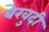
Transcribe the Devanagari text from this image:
बेखुदी